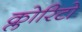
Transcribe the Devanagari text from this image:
क्लोरिटो